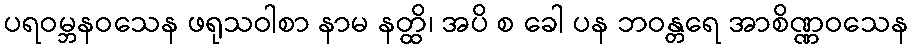
ပရဝမ္ဘနဝသေန ဖရုသဝါစာ နာမ နတ္ထိ၊ အပိ စ ခေါ ပန ဘဝန္တရေ အာစိဏ္ဏဝသေန